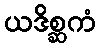
ယဒိစ္ဆကံ